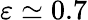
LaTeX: \varepsilon\simeq 0.7